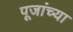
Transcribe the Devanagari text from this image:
पूजांच्या